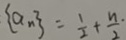
\{ a _ { n } \} = \frac { 1 } { 2 } + \frac { n \cdot } { 2 }